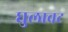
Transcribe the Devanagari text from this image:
घुलावट